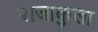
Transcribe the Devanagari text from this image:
राजाकुला